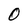
Character: O